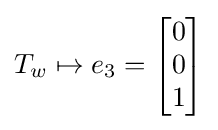
T_{w}\mapsto e_{3}={\begin{bmatrix}0\\0\\1\end{bmatrix}}